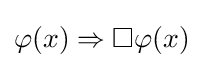
\varphi (x)\Rightarrow \Box \varphi (x)